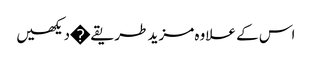
اس کے علاوہ مزید طریقے�دیکھیں